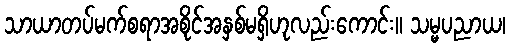
သာယာတပ်မက်စရာအစိုင်အနှစ်မရှိဟုလည်းကောင်း။ သမ္မပညာယ၊